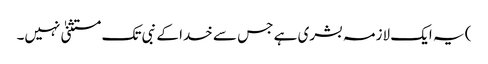
) یہ ایک لازمہ بشری ہے جس سے خدا کے نبی تک مستثنیٰ نہیں۔